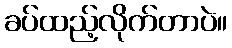
ခပ်ထည့်လိုက်တာပဲ။